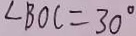
\angle B O C = 3 0 ^ { \circ }